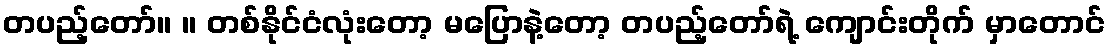
တပည့်တော်။ ။ တစ်နိုင်ငံလုံးတော့ မပြောနဲ့တော့ တပည့်တော်ရဲ့ ကျောင်းတိုက် မှာတောင်